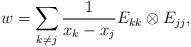
LaTeX: \begin{align*}w=\sum_{k\neq j}\frac{1}{x_k-x_j}E_{kk}\otimes E_{jj},\end{align*}